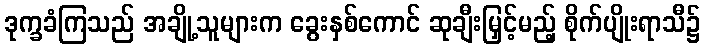
ဒုက္ခခံကြသည် အချို့သူများက ခွေးနှစ်ကောင် ဆုချီးမြှင့်မည့် စိုက်ပျိုးရာသီ၌